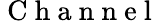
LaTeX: \mathrm{~C~h~a~n~n~e~l~}